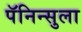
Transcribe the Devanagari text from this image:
पॅनिन्सुला